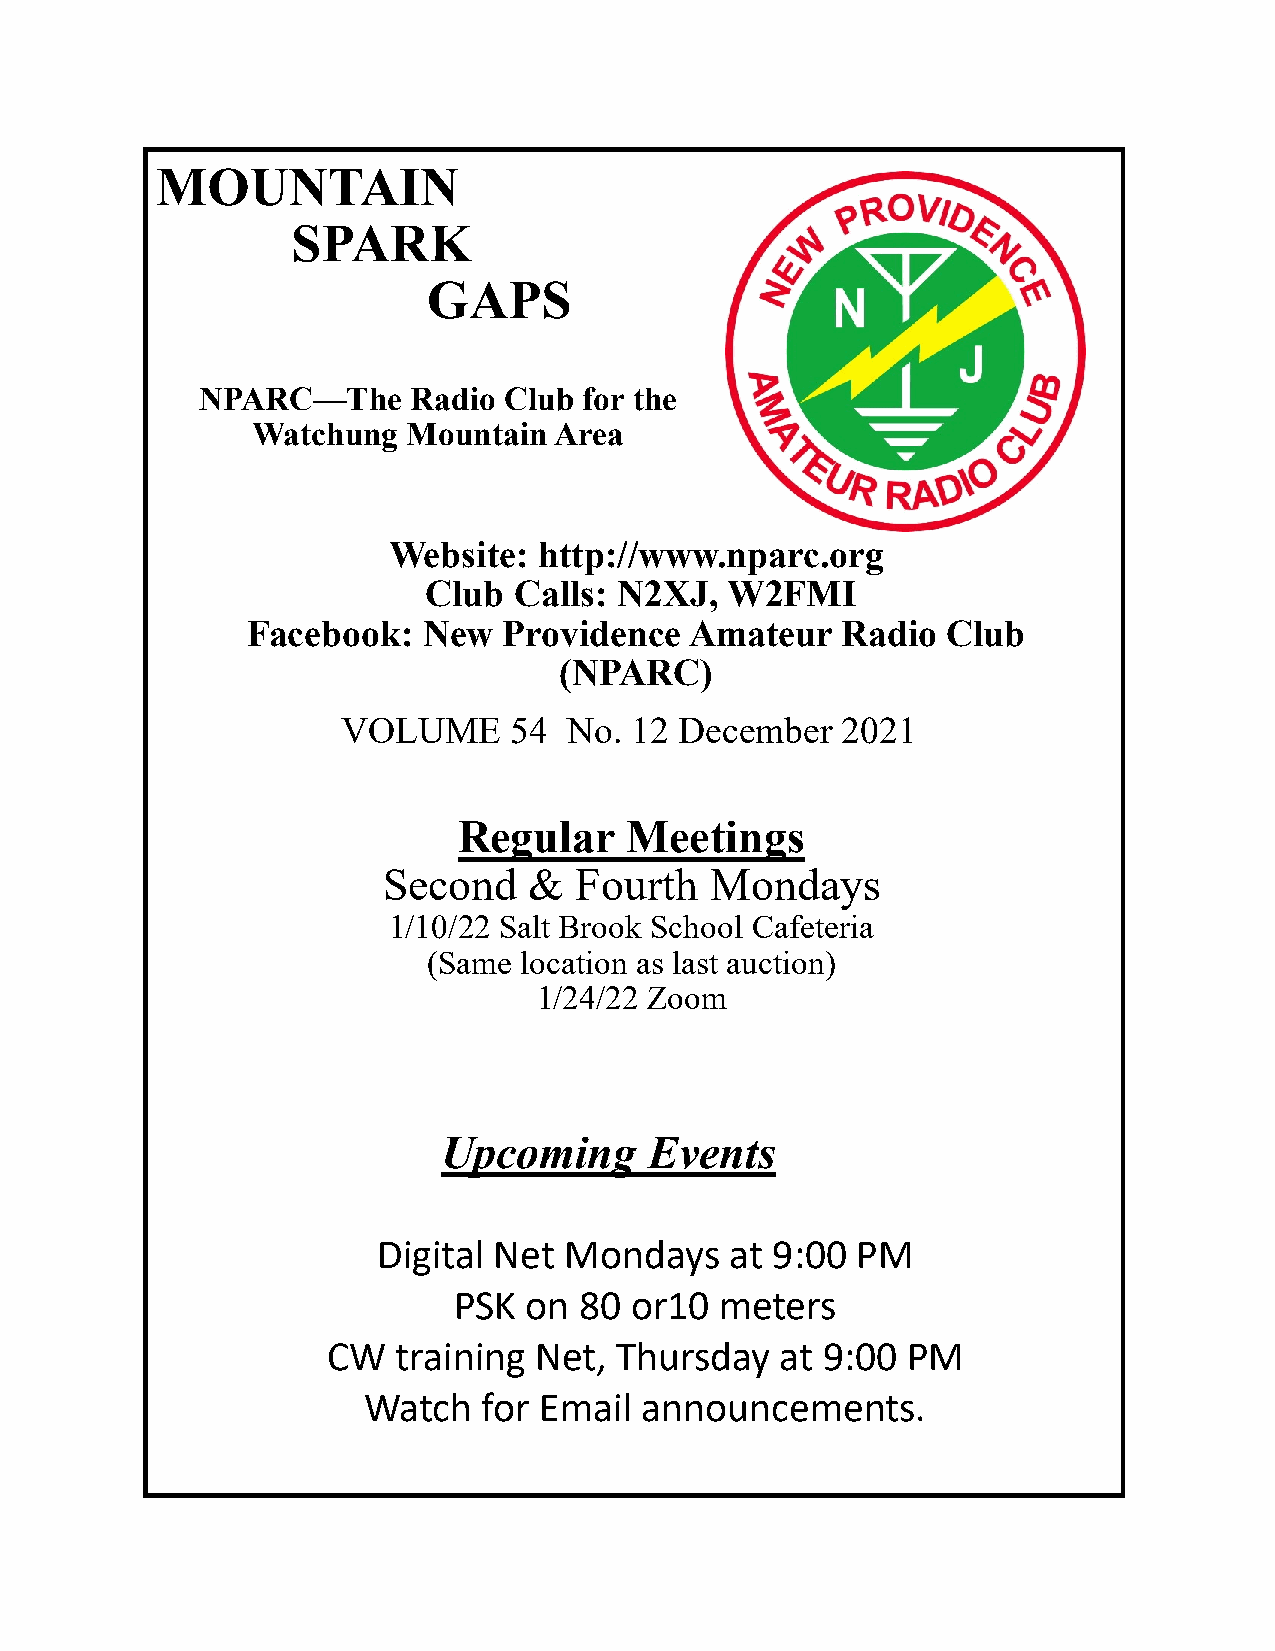
MOUNTAIN
 SPARK
 GAPS
 NPARC—The     Radio Club  for the
 Watchung  Mountain  Area
 Website:  http://www.nparc.org
 Club  Calls: N2XJ,  W2FMI
 Facebook:   New  Providence   Amateur   Radio  Club
 (NPARC)
 VOLUME     54  No. 12 December   2021
 Regular    Meetings
 Second    &  Fourth   Mondays
 1/10/22 Salt Brook School Cafeteria
 (Same location as last auction)
 1/24/22 Zoom
 Upcoming      Events
 Digital Net Mondays    at 9:00  PM
 PSK  on 80  or10  meters
 CW  training Net,  Thursday   at 9:00 PM
 Watch   for Email announcements.